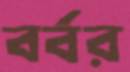
বর্বর